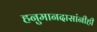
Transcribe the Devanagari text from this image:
हनुमानदासांनीही